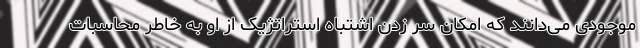
موجودی می‌دانند که امکان سر زدن اشتباه استراتژیک از او به خاطر محاسبات